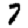
Digit: 7